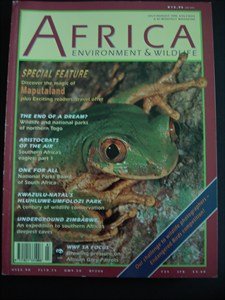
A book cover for AFRICA Environment & Wildlife - July / August 1995 - Maputaland - Togo - Wildlife - South Africa - Kwazulu Natal - Hluhluwe Umfolozi - Caves - Zimbabwe - African Grey Parrots; Travel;